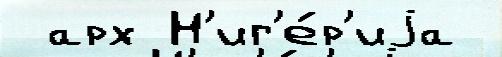
 арх Н'иг'е́р'иjа